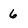
Character: 6